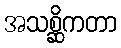
အသစ္ဆိကတာ